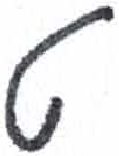
אות: ט